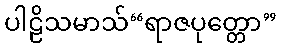
ပါဠိသမာသ်“ရာဇပုတ္တော”